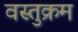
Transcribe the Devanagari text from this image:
वस्तुक्रम